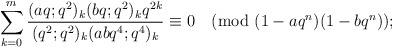
LaTeX: \begin{align*}\sum_{k=0}^{m}\frac{(aq;q^2)_k (bq;q^2)_k q^{2k}}{(q^2;q^2)_k (abq^4;q^4)_k}\equiv 0\pmod{(1-aq^n)(1-bq^n)};\end{align*}